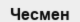
Чесмен